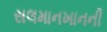
સલમાનખાનની